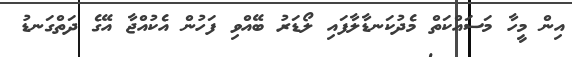
އިން މީހާ މަސައްކަތް މެދުކަނޑާލާފައި ލޯޑަރު ބޭއްވި ފަހުން އެކުއްޖާ އޭގެ ދަތްގަނޑު